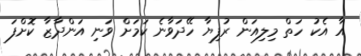
އާ އެކު ހަތް މިލިއަން ރުފިޔާ ހޭދަވާނެ ކަމަށް ވަނި އަންދާޒާ ކޮށްފަ